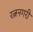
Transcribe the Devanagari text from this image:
रत्ननगरी